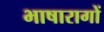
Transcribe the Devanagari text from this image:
भाषारागों